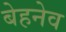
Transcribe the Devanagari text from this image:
बेहनेव